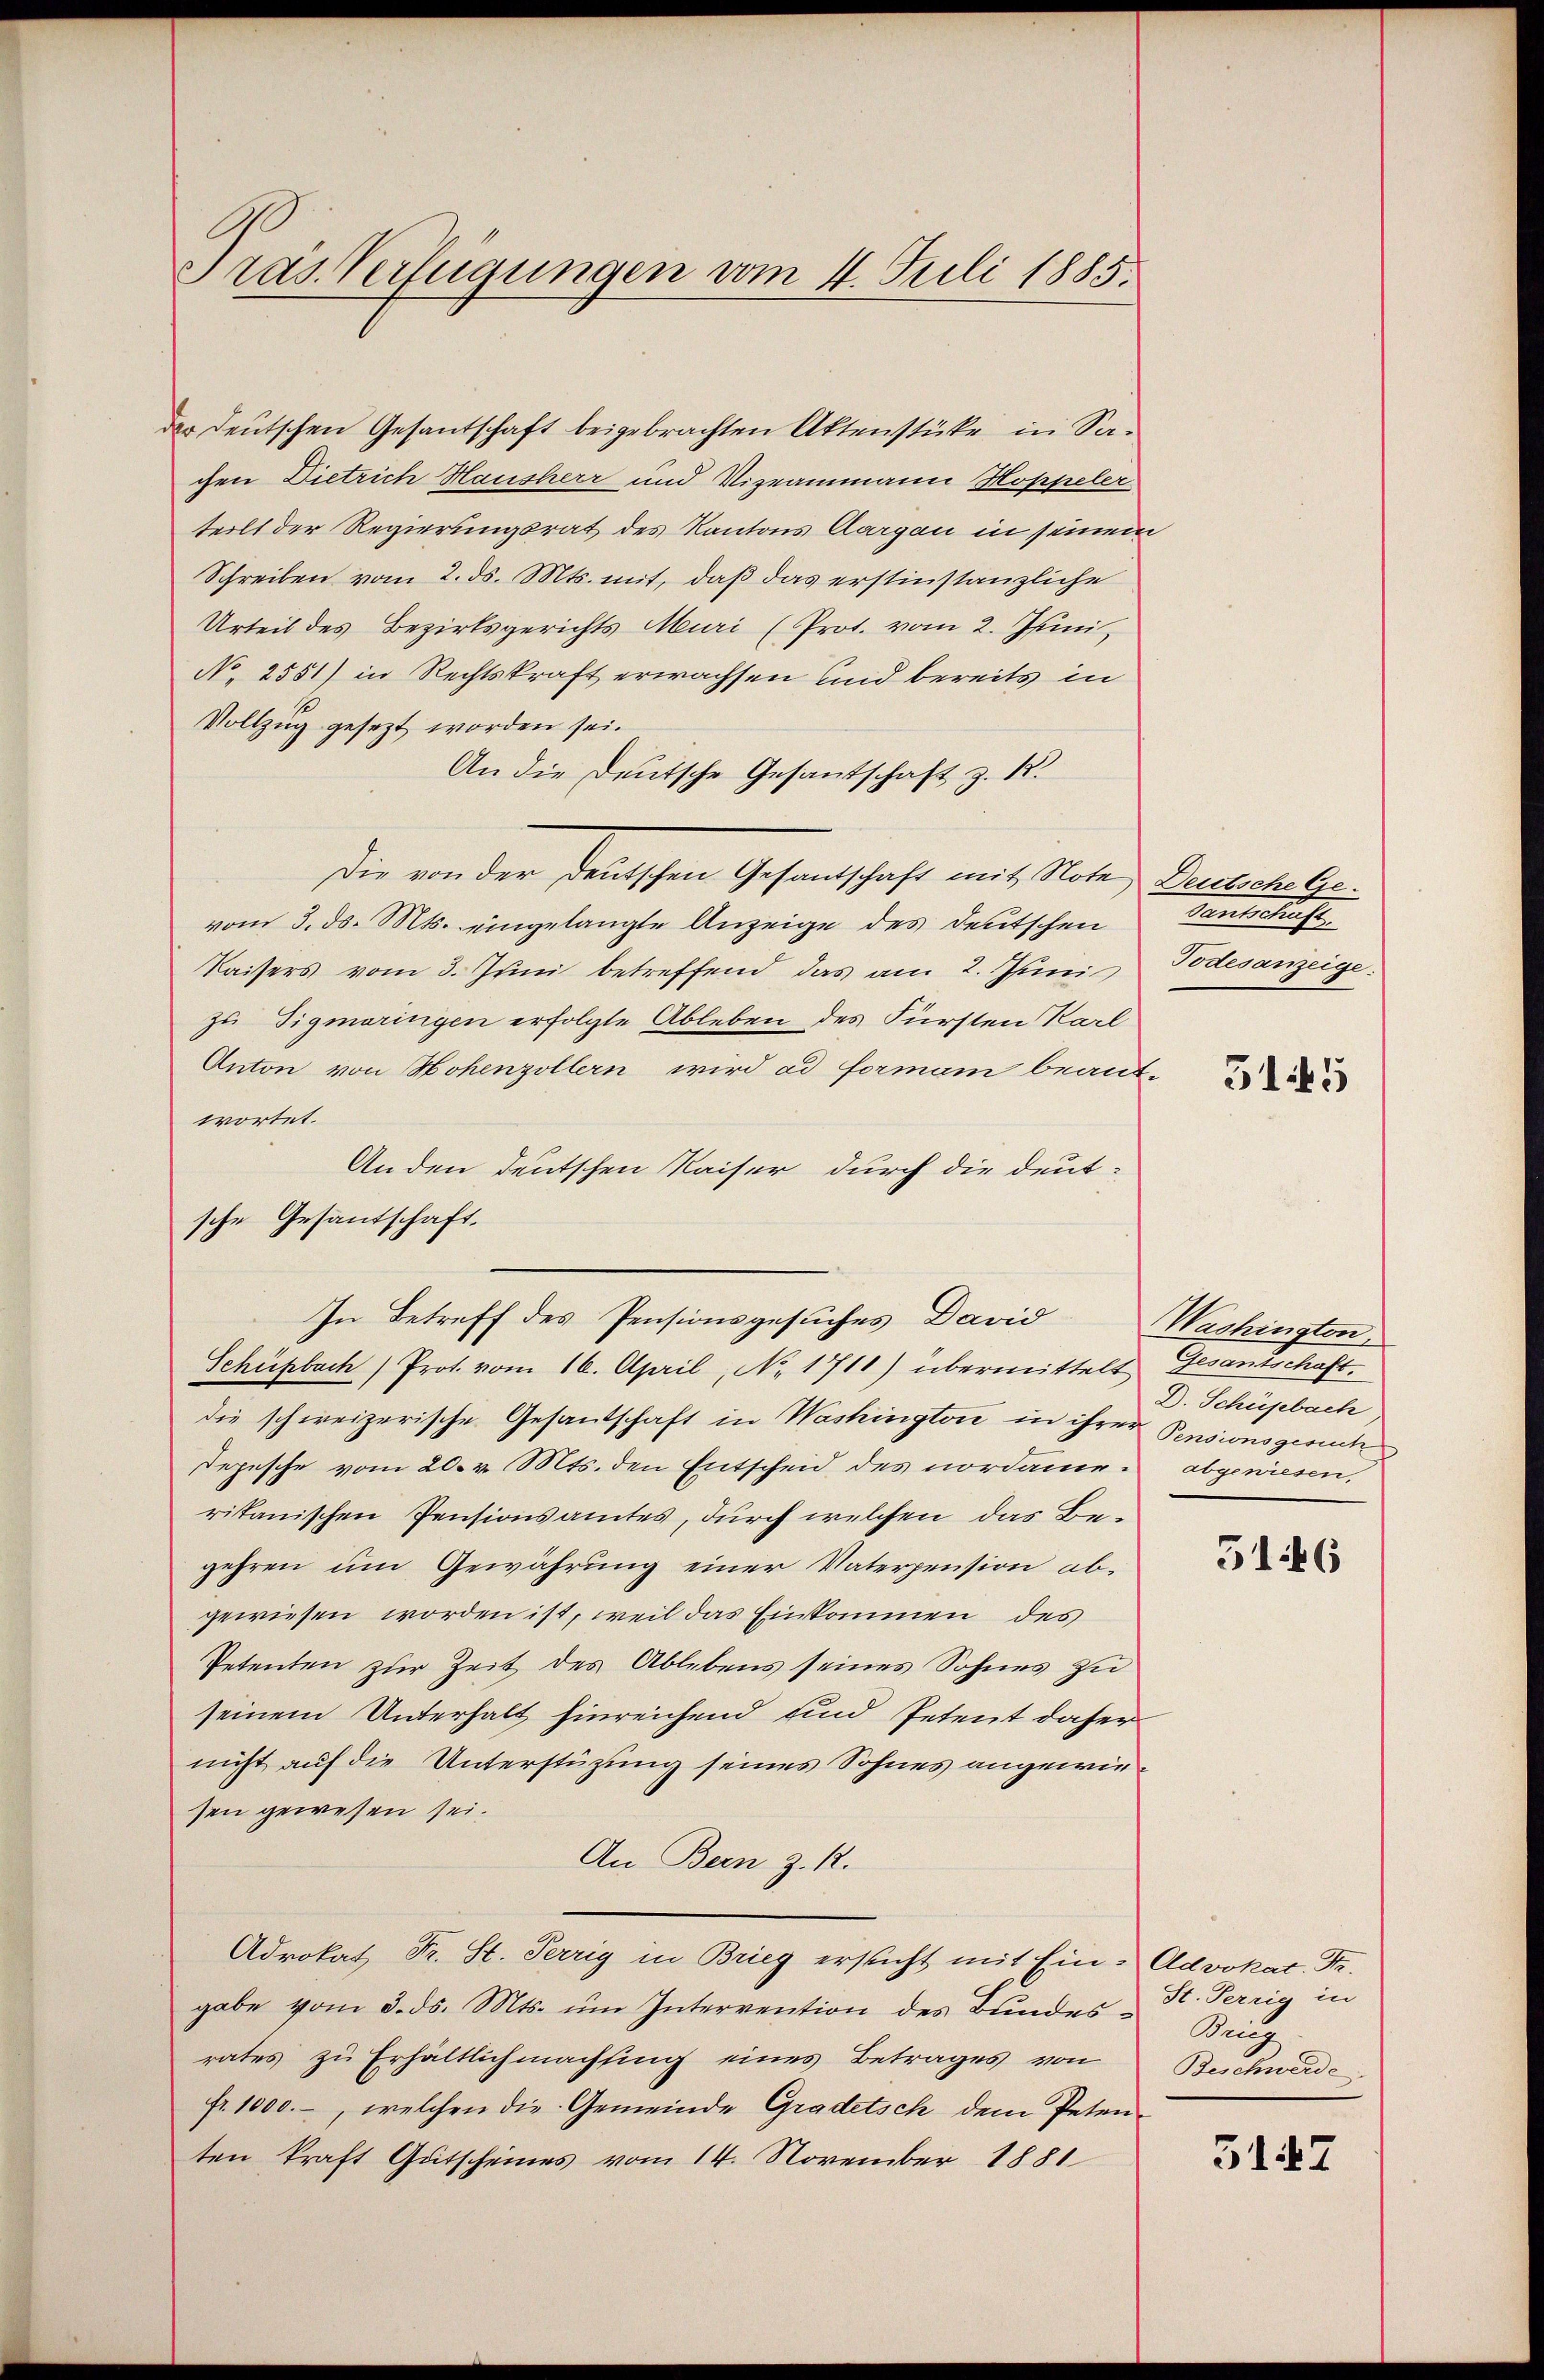
Pras. Verfügungen vom 4. Juli 1885.

der deutschen Gesantschaft beigebrachten Aktenstüke in Sachen Dietrich Hausherr und Vizeammann Hoppeler
teilt der Regierungsrat des Kantons Aargau in seinem
Schreiben vom 2. ds. Mts. mit, daß das erstinstanzliche
Urteil des Bezirksgerichts Muri (Prot. vom 2. Juni,
No. 2551) in Rechtskraft erwachsen und bereits in
Vollzug gesezt worden sei.
An die Deutsche Gesantschaft z. K.
Die von der deutschen Gesandtschaft mit Note, Deutsche Gevom 3. ds. Mts. eingelangte Anzeige des Deutschen
Kaisers vom 3. Juni betreffend das am 2. Juni
zu Tigmaringen erfolgte Ableben des Fürsten Karl
Anton von Hohenzollern wird ad forman beant-
wortet.
Anden deutschen Kaiser durch die deutsche Gesandschaft.
In Betreff des Pensionsgesuches David
Schühbach Prot. vom 16. April, No. 1711) übermittelt Gesantschaft
die schweizerische Gesandschaft in Washington in ihrer Pensionsgesuch
Depesche vom 20. v. Mts. den Entscheid des nordame. abgewiesen,
ritanischen Pensionsamtes, durch welchen das Begehren um Gewährung einer Vaterpension abgewiesen worden ist, weil das Einkommen des
Petenten zur Zeit des Ablebens seines Sohnes zu
seinem Unterhalt hinreichend und Petent daher
nicht auf die Unterstüzung seines Sohnes angewiesen gewesen sei.
An Bern z. R.
Adrokat Fr. St. Perrig in Brieg ersucht mit Ein- Advokac. Fr.
gabe vom 3. ds. Mts. ŭm Intervention des Bundes St. Perrig in
rates zu Erhältlichmachsing eines Betrages von Buchwerde
fr. 1000.-, welchen die Gemeinde Gradetsch dem Peten
ten kraft Gutscheines vom 14. November 1881

Gautschaft
Todesanzeige

5145

Washington
D. Schüpbach

51446

Auch

3147